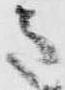
意